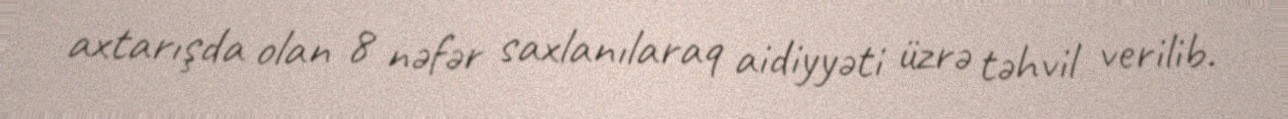
axtarışda olan 8 nəfər saxlanılaraq aidiyyəti üzrə təhvil verilib.